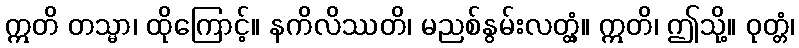
ဣတိ တသ္မာ၊ ထိုကြောင့်။ နကိလိဿတိ၊ မညစ်နွမ်းလတ္တံ့။ ဣတိ၊ ဤသို့။ ဝုတ္တံ၊